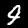
Label: 4